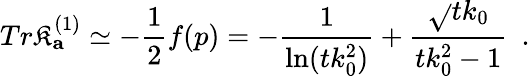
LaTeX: Tr\mathfrak{K}_{\mathbf{a}}^{(1)}\simeq-{\frac{{1}}{{2}}}f(p)=-{\frac{{1}}{{\ln(tk_{0}^{2})}}}+{\frac{{\sqrt{}{{t}}k_{0}}}{{tk_{0}^{2}-1}}}~~.